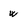
Character: w